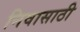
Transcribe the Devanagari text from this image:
निवासाठी